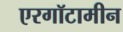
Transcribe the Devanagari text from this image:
एरगॉटामीन